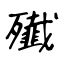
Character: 殱